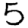
Digit: 5